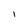
Character: I